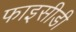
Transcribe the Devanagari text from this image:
फाइसीडी